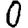
Digit: 0